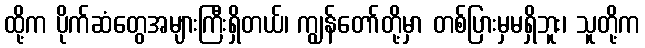
ထို့က ပိုက်ဆံတွေအများကြီးရှိတယ်၊ ကျွန်တော်တို့မှာ တစ်ပြားမှမရှိဘူး၊ သူတို့က